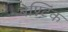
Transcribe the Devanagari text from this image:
बेण्टिंक